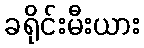
ခရိုင်းမီးယား